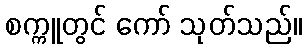
စက္ကူတွင် ကော် သုတ်သည်။